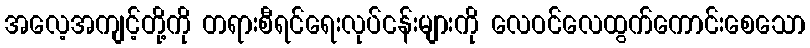
အလေ့အကျင့်တို့ကို တရားစီရင်ရေးလုပ်ငန်းများကို လေဝင်လေထွက်ကောင်းစေသော